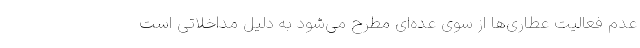
عدم فعالیت عطاری‌ها از سوی عده‌ای مطرح می‌شود به دلیل مداخلاتی است